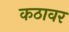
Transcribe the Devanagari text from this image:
कठावर